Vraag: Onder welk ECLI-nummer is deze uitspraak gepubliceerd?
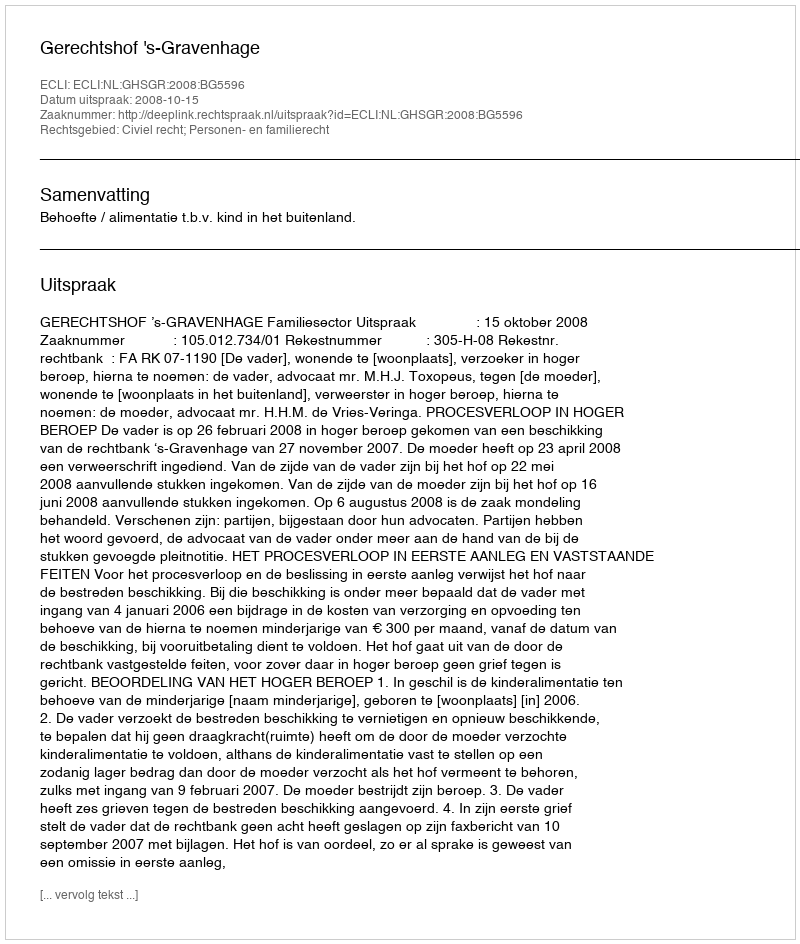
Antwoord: ECLI:NL:GHSGR:2008:BG5596